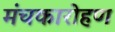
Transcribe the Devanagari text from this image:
मंचकारोहण